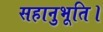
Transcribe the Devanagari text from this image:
सहानुभूति।